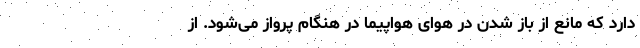
دارد که مانع از باز شدن در هوای هواپیما در هنگام پرواز می‌شود. از